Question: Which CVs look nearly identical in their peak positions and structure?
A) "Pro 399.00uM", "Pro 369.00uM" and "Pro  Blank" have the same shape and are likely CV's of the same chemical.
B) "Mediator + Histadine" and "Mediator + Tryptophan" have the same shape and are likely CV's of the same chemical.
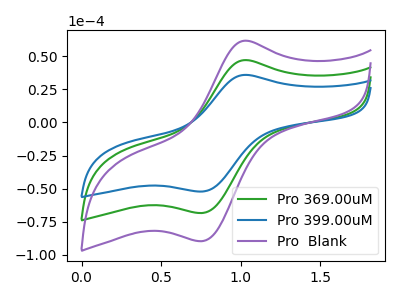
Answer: <think>The green curve "Pro 369.00uM" has an anodic peak at (1.05V, 47.20uA) and a cathodic peak at (0.75V, -68.45uA). The blue curve "Pro 399.00uM" has an anodic peak at (1.05V, 36.00uA) and a cathodic peak at (0.75V, -52.20uA). The purple curve "Pro  Blank" has an anodic peak at (1.05V, 94.35uA) and a cathodic peak at (0.75V, -136.90uA).
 All the peaks in "Pro 369.00uM" have a peak in "Pro 399.00uM" at the same potential. Every peak in "Pro 369.00uM" is higher than every peak in "Pro 399.00uM". All the peaks in "Pro 369.00uM" have a peak in "Pro  Blank" at the same potential. Every peak in "Pro 369.00uM" is lower than every peak in "Pro  Blank". All the peaks in "Pro 399.00uM" have a peak in "Pro  Blank" at the same potential. Every peak in "Pro 399.00uM" is lower than every peak in "Pro  Blank".</think>
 <answer>A) "Pro 399.00uM", "Pro 369.00uM" and "Pro  Blank" have the same shape and are likely CV's of the same chemical.</answer>
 <eval>A</eval>